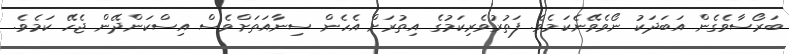
ބަރޯސާވެގެން އަބަދަކު ނޯވެވޭނެކަމެވެ. ފަތުރުވެރިކަމުގެ އިތުރަށް އެހެން ސިނާއަތަށްވެސް އިސްކަންދޭން ޖެހޭ ކަމެވެ.